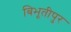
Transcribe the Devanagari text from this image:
बिभूतीपुर